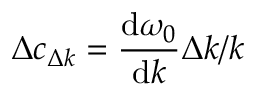
\Delta c _ { \Delta k } = \frac { \mathrm { d } \omega _ { 0 } } { \mathrm { d } k } \Delta k / k